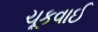
ચૂકવાઈ